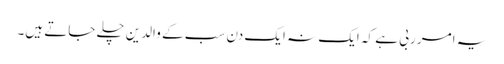
یہ امر ربی ہے کہ ایک نہ ایک دن سب کے والدین چلے جاتے ہیں۔